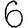
Digit: 6